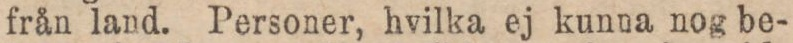
från land. Personer, hvilka ej kunna nog be-